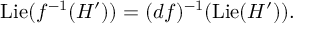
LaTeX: \operatorname { L i e } ( f ^ { - 1 } ( H ^ { \prime } ) ) = ( d f ) ^ { - 1 } ( \operatorname { L i e } ( H ^ { \prime } ) ) .